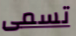
تسمى